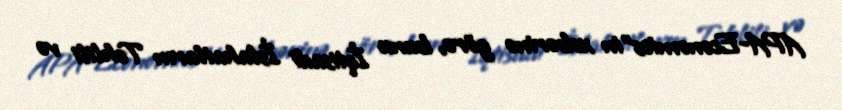
APA-Economics"in xəbərinə görə, bunu İqtisadi İslahatların Təhlili və